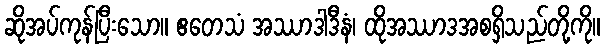
ဆိုအပ်ကုန်ပြီးသော။ ဧတေသံ အဿာဒါဒီနံ၊ ထိုအဿာဒအစရှိသည်တို့ကို။